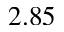
2 . 8 5